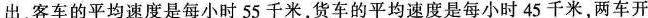
出，客车的平均速度是每小时55千米，货车的平均速度是每小时45千米，两车开